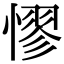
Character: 憀